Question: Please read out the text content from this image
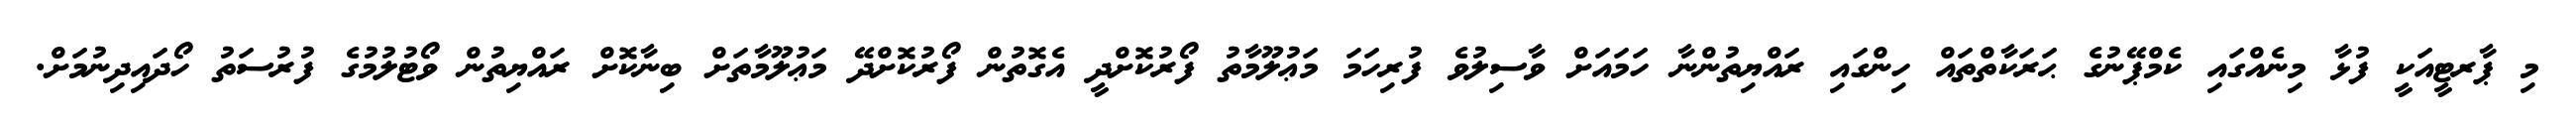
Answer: މި ޕާރޓީއަކީ ފުޅާ މިނެއްގައި ކެމްޕޭނުގެ ޙަރަކާތްތައް ހިންގައި ރައްޔިތުންނާ ހަމައަށް ވާސިލުވެ ފުރިހަމަ މަޢުލޫމާތު ފޯރުކޮށްދީ އެގޮތުން ފޯރުކޮށްދޭ މަޢުލޫމާތަށް ބިނާކޮށް ރައްޔިތުން ވޯޓުލުމުގެ ފުރުސަތު ހޯދައިދިނުމަށް.